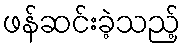
ဖန်ဆင်းခဲ့သည့်